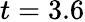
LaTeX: t=3.6